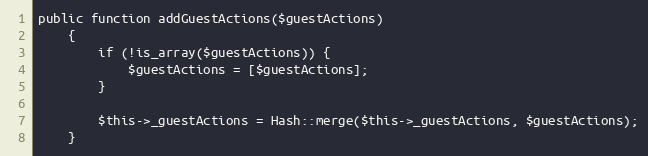
Language: PHP
public function addGuestActions($guestActions)
    {
        if (!is_array($guestActions)) {
            $guestActions = [$guestActions];
        }

        $this->_guestActions = Hash::merge($this->_guestActions, $guestActions);
    }